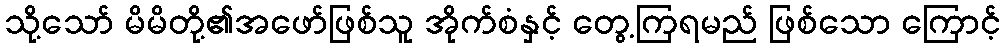
သို့သော် မိမိတို့၏အဖော်ဖြစ်သူ အိုက်စံနှင့် တွေ့ကြရမည် ဖြစ်သော ကြောင့်